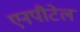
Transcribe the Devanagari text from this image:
एनपीटेल